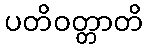
ပတိဝတ္တာတိ